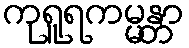
ကုရူရကမ္မန္တာ